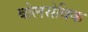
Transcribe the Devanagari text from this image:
बोलसेविक